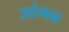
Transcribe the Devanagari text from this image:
उत्तंगन